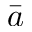
\bar { a }